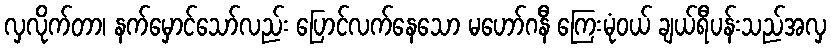
လှလိုက်တာ၊ နက်မှောင်သော်လည်း ပြောင်လက်နေသော မဟော်ဂနီ ကြေးမုံဝယ် ချယ်ရီပန်းသည်အလှ